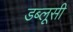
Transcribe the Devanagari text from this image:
डब्लूसी